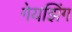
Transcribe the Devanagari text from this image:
गेयझिंग